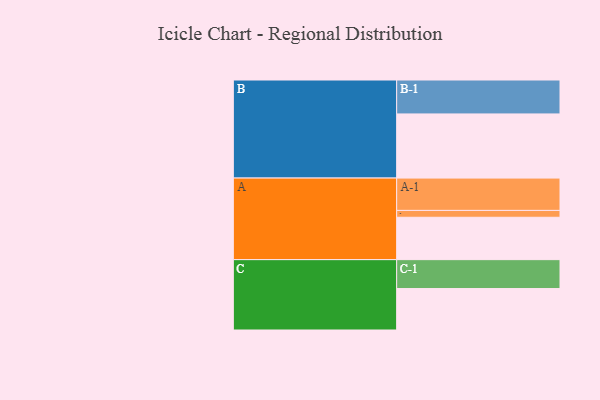
{"axis": {"x": "Segment", "y": "Value"}, "legend": ["", "A", "B", "C"], "data": [{"x": "A", "y": 321, "type": ""}, {"x": "B", "y": 486, "type": ""}, {"x": "C", "y": 314, "type": ""}, {"x": "A-1", "y": 245, "type": "A"}, {"x": "A-2", "y": 52, "type": "A"}, {"x": "B-1", "y": 257, "type": "B"}, {"x": "C-1", "y": 219, "type": "C"}]}